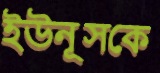
ইউনূসকে